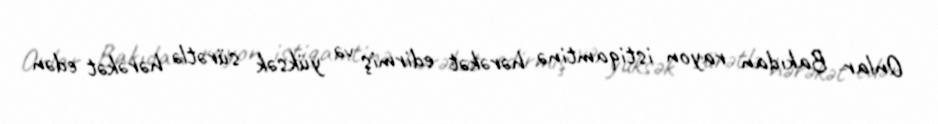
Onlar Bakıdan rayon istiqamtinə hərəkət edirmiş və yüksək sürətlə hərəkət edən